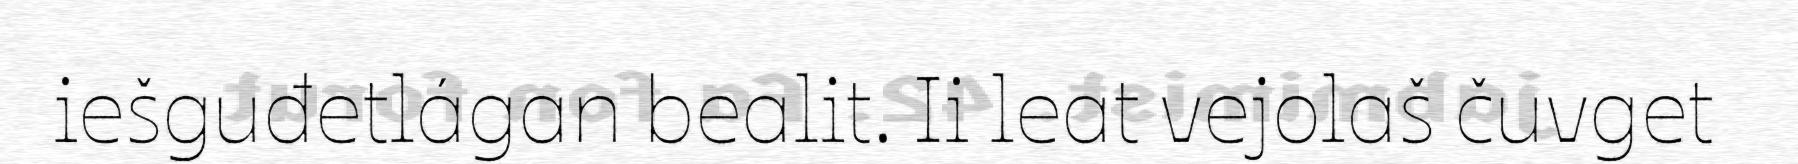
iešguđetlágan bealit. Ii leat vejolaš čuvget